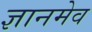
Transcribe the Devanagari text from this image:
ज्ञानमेव